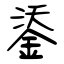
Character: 鋈